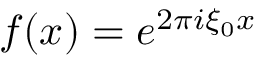
f ( x ) = e ^ { 2 \pi i \xi _ { 0 } x }